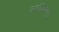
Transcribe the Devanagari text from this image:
अर्बोविषाणु